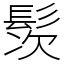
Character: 䯸